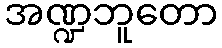
အဏ္ဍဘူတော